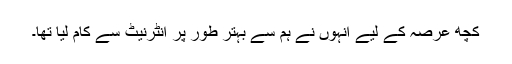
کچھ عرصہ کے لیے انہوں نے ہم سے بہتر طور پر انٹرنیٹ سے کام لیا تھا۔